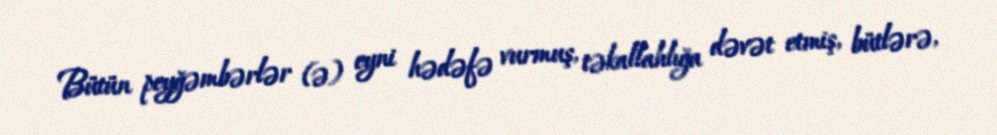
Bütün peyğəmbərlər (ə) eyni hədəfə vurmuş, təkallahlığa dəvət etmiş, bütlərə,